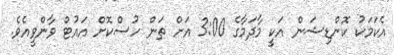
އެކަމަކު ކޮންޑިޝަން އަކީ މާދަމާގެ 3:00 އަށް ތަން ހުސްކޮށް އައުޓް ވާންވީއެވެ.